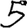
Digit: 5